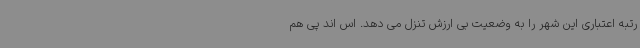
رتبه اعتباری این شهر را به وضعیت بی ارزش تنزل می دهد. اس اند پی هم